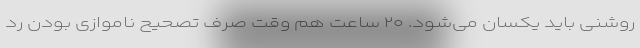
روشنی باید یکسان می‌شود. ۲۰ ساعت هم وقت صرف تصحیح ناموازی بودن رد